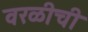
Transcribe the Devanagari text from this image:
वरळीची